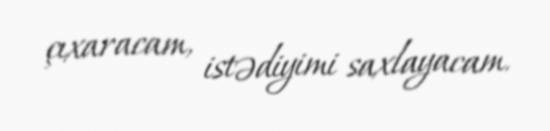
çıxaracam, istədiyimi saxlayacam.